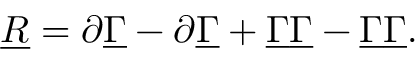
\underline { { { R } } } = \partial \underline { { { \Gamma } } } - \partial \underline { { { \Gamma } } } + { \underline { { { \Gamma } } } } \underline { { { \Gamma } } } - { \underline { { { \Gamma } } } } \underline { { { \Gamma } } } .